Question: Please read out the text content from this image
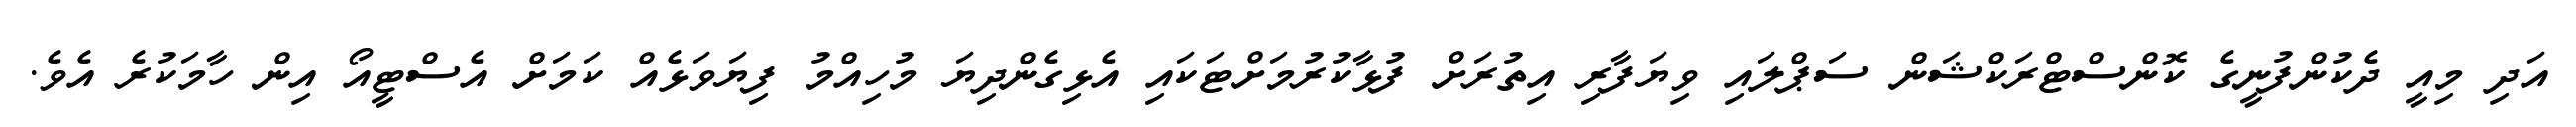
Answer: އަދި މިއީ ދެކުންފުނީގެ ކޮންސްޓްރަކްޝަން ސަޕްލައި ވިޔަފާރި އިތުރަށް ފުޅާކުރުމަށްޓަކައި އެޅިގެންދިޔަ މުހިއްމު ފިޔަވަޅެއް ކަމަށް އެސްޓީއޯ އިން ހާމަކުރެ އެވެ.